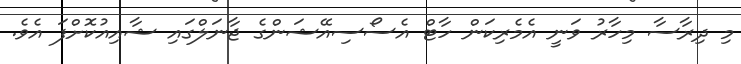
މި ދިރާސާ މިހާރު ވަނީ އެމެރިކަން ހާޓް އެސޯސިއޭޝަންގެ ޖާނަލްގައި ޝާއިއުކޮށްފަ އެވެ.